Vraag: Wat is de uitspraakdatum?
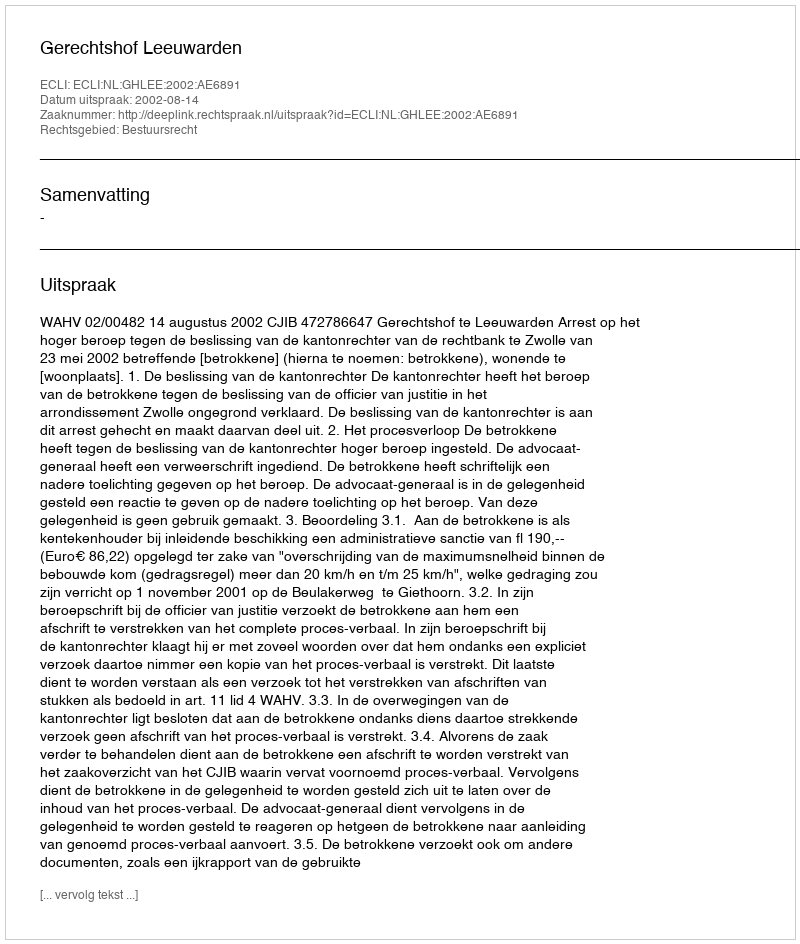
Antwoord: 2002-08-14